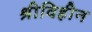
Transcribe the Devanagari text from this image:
श्रीविहीन